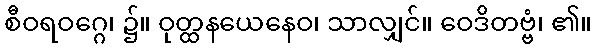
စီဝရဝဂ္ဂေ၊ ၌။ ဝုတ္ထနယေနေဝ၊ သာလျှင်။ ဝေဒိတဗ္ဗံ၊ ၏။